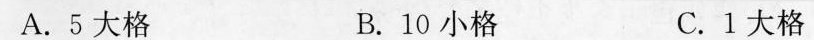
A.5大格 B.10小格 C.1大格